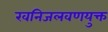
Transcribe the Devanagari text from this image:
खनिजलवणयुक्त